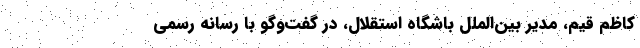
کاظم قیم، مدیر بین‌الملل باشگاه استقلال، در گفت‌وگو با رسانه رسمی